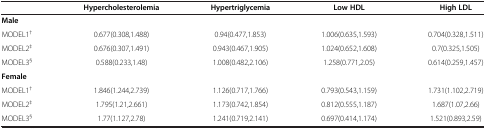
|  | Hypercholesterolemia | Hypertriglycemia | Low HDL | High LDL |
 | --- | --- | --- | --- | --- |
 | Male |  |  |  |  |
 | MODEL1† | 0.677(0.308,1.488) | 0.94(0.477,1.853) | 1.006(0.635,1.593) | 0.704(0.328,1.511) |
 | MODEL2‡ | 0.676(0.307,1.491) | 0.943(0.467,1.905) | 1.024(0.652,1.608) | 0.7(0.325,1.505) |
 | MODEL3§ | 0.588(0.233,1.48) | 1.008(0.482,2.106) | 1.258(0.771,2.05) | 0.614(0.259,1.457) |
 | Female |  |  |  |  |
 | MODEL1† | 1.846(1.244,2.739) | 1.126(0.717,1.766) | 0.793(0.543,1.159) | 1.731(1.102,2.719) |
 | MODEL2‡ | 1.795(1.21,2.661) | 1.173(0.742,1.854) | 0.812(0.555,1.187) | 1.687(1.07,2.66) |
 | MODEL3§ | 1.77(1.127,2.78) | 1.241(0.719,2.141) | 0.697(0.414,1.174) | 1.521(0.893,2.59) |